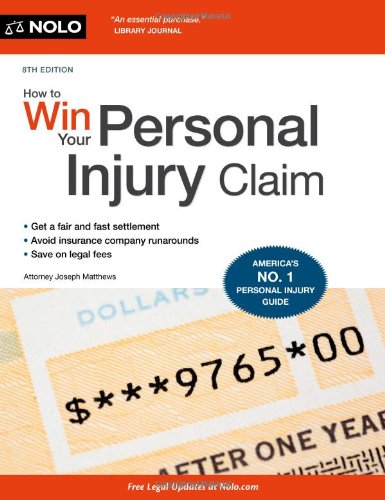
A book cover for How to Win Your Personal Injury Claim; Joseph Matthews Attorney; Law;